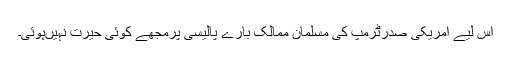
اس لیے امریکی صدرٹرمپ کی مسلمان ممالک بارے پالیسی پرمجھے کوئی حیرت نہیںہوئی۔